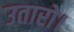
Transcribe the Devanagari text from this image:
उतारो।